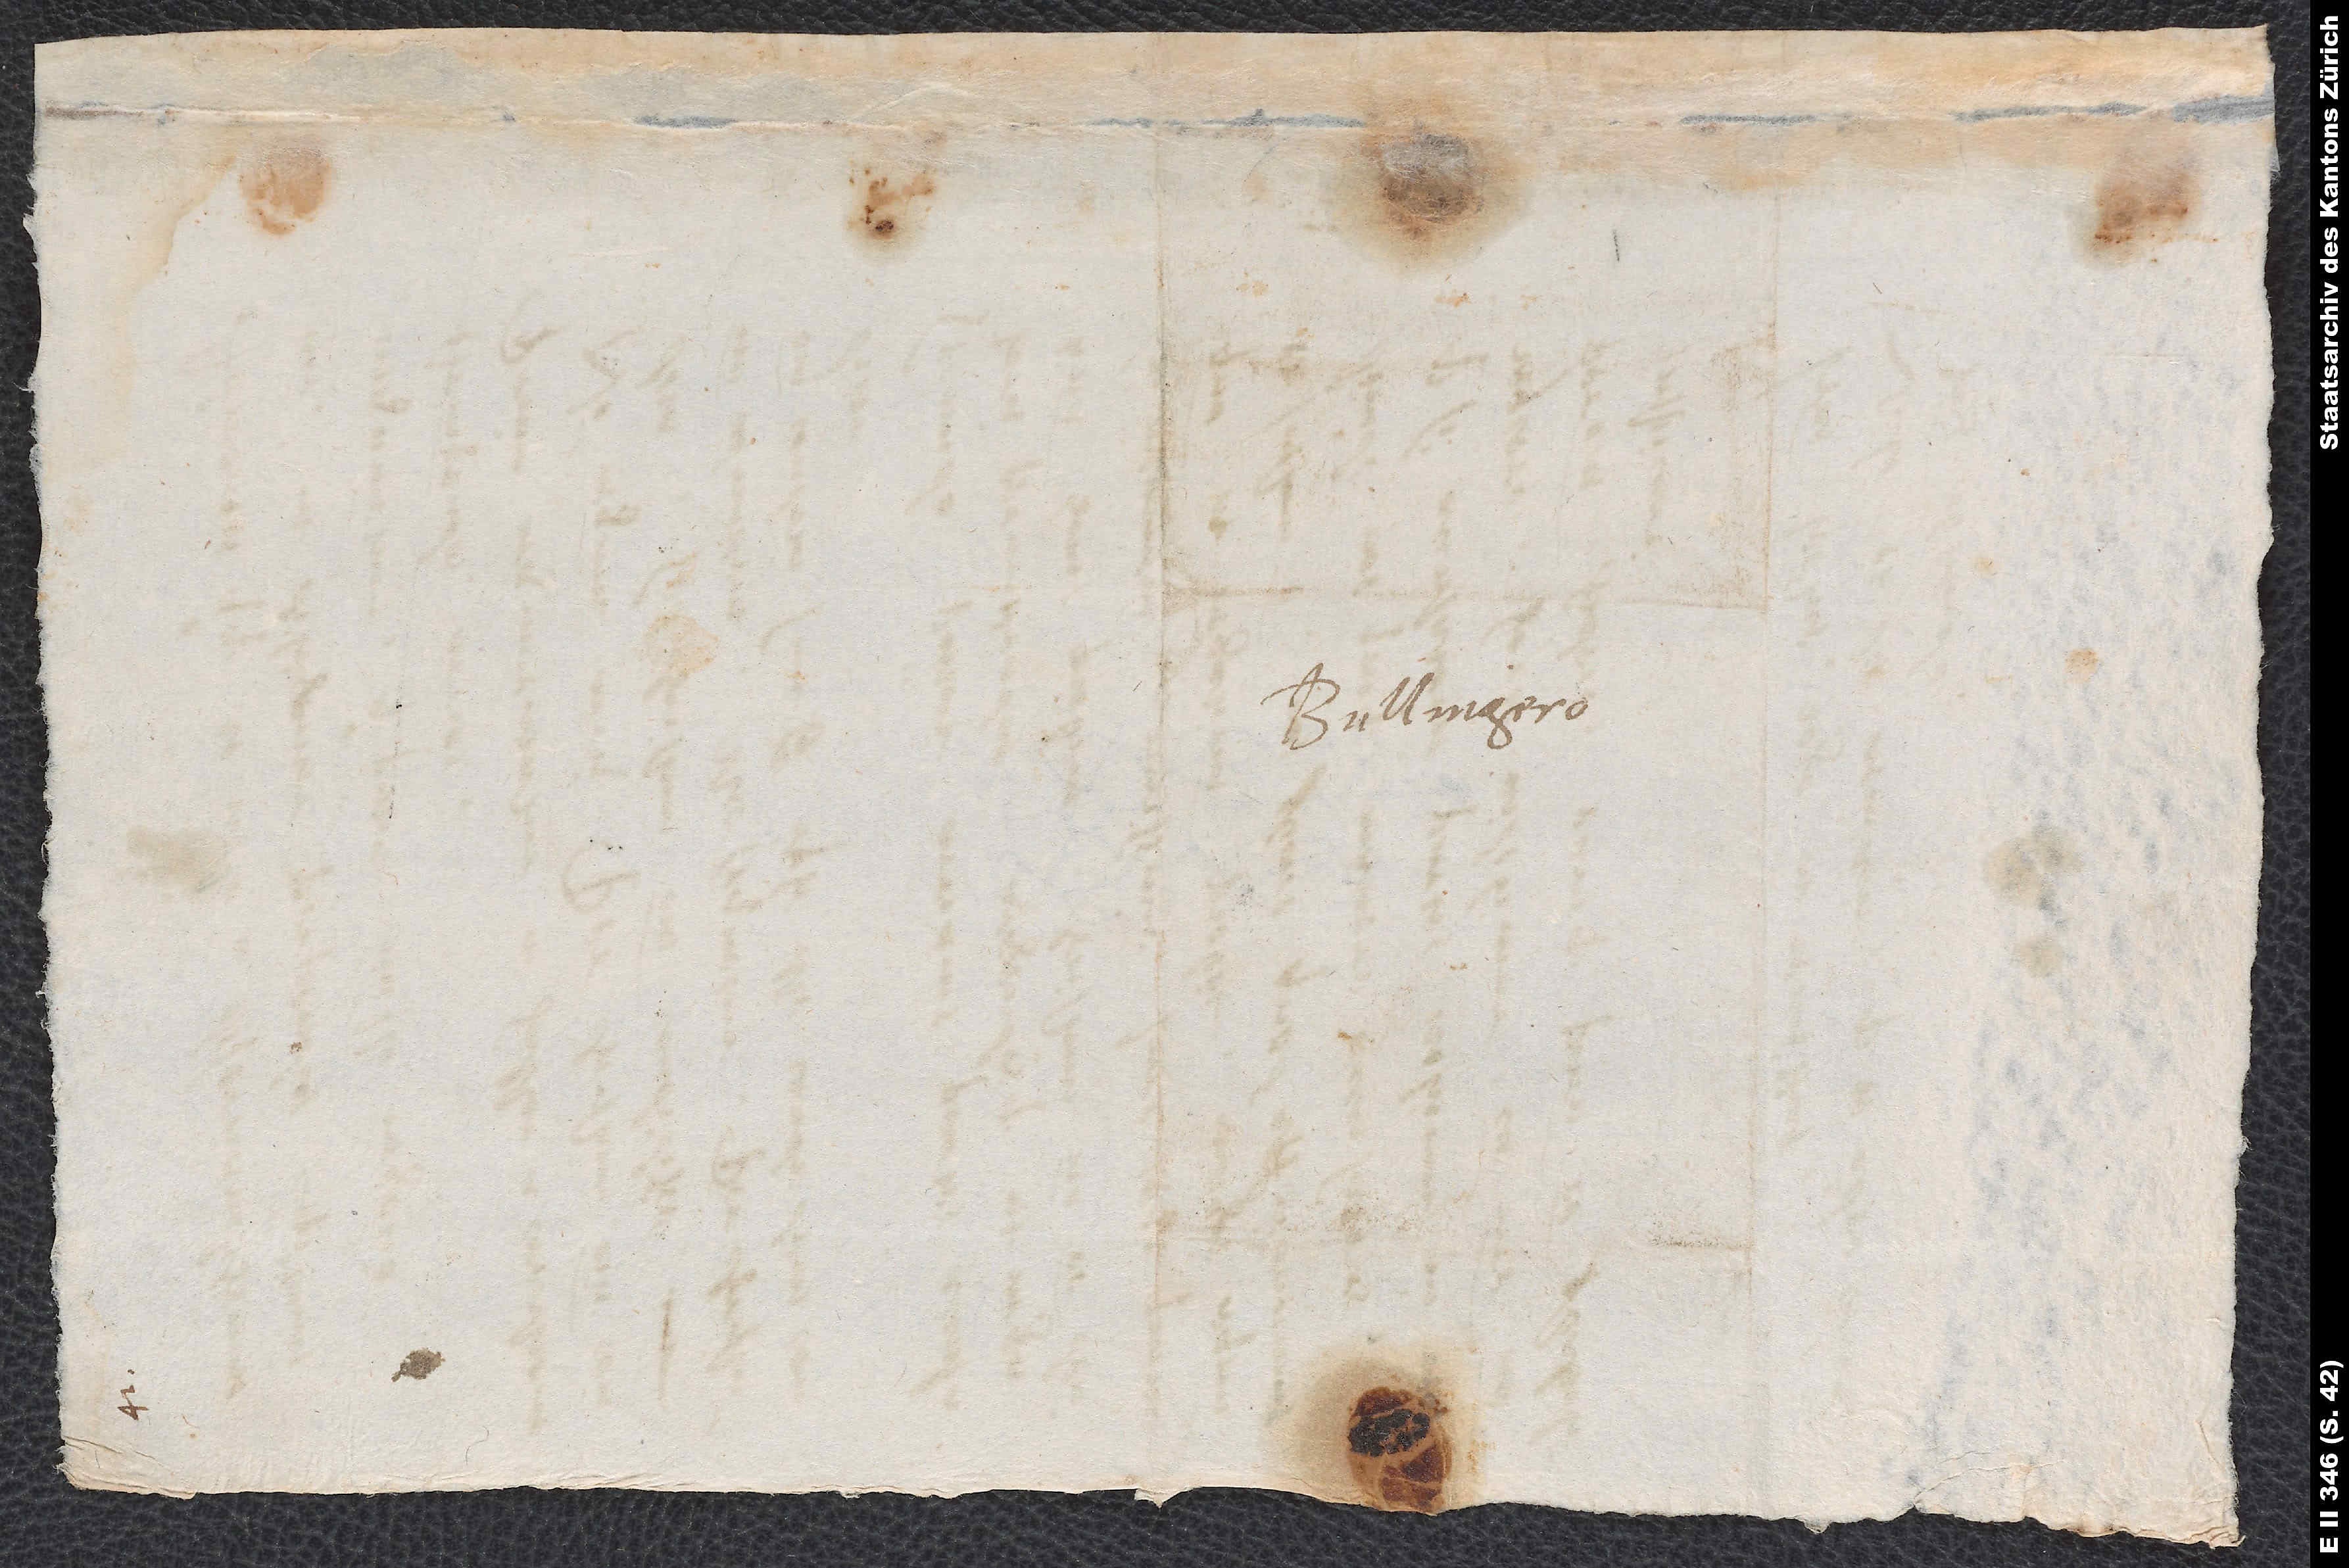
Bullingero.